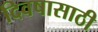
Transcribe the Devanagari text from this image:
दिवषासाठी